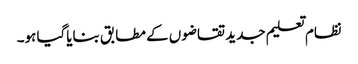
نظام تعلیم جدید تقاضوں کے مطابق بنایاگیا ہو۔